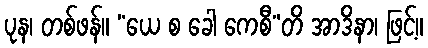
ပုန၊ တစ်ဖန်။ “ယေ စ ခေါ ကေစီ”တိ အာဒိနာ၊ ဖြင့်။